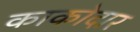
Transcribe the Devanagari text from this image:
काकोदार